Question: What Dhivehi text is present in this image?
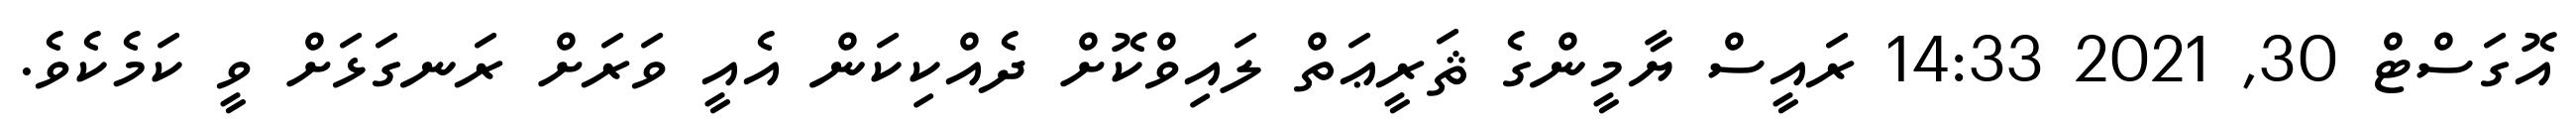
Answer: އޮގަސްޓް 30, 2021 14:33 ރައީސް ޔާމީންގެ ޘަރީޢަތް ލައިވްކޮށް ދެއްކިކަން އެއީ ވަރަށް ރަނގަޅަށް ވީ ކަމެކެވެ.